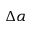
\Delta \alpha